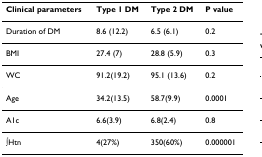
<table><thead><tr><td><b>Clinical parameters</b></td><td><b>Type 1 DM</b></td><td><b>Type 2 DM</b></td><td><b>P value</b></td></tr></thead><tbody><tr><td>Duration of DM</td><td>8.6 (12.2)</td><td>6.5 (6.1)</td><td>0.2</td></tr><tr><td>BMI</td><td>27.4 (7)</td><td>28.8 (5.9)</td><td>0.3</td></tr><tr><td>WC</td><td>91.2(19.2)</td><td>95.1 (13.6)</td><td>0.2</td></tr><tr><td>Age</td><td>34.2(13.5)</td><td>58.7(9.9)</td><td>0.0001</td></tr><tr><td>A1c</td><td>6.6(3.9)</td><td>6.8(2.4)</td><td>0.8</td></tr><tr><td>∫Htn</td><td>4(27%)</td><td>350(60%)</td><td>0.000001</td></tr></tbody></table>